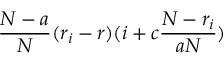
\frac { N - a } { N } ( r _ { i } - r ) ( i + c \frac { N - r _ { i } } { a N } )